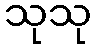
သုသု